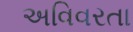
અવિવરતા